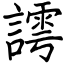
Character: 謣